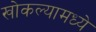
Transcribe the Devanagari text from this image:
खोकल्यामध्ये